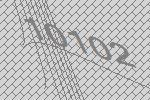
10102